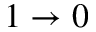
1 \rightarrow 0